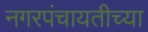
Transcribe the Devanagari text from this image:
नगरपंचायतीच्या